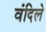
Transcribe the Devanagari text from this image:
वंदिले